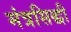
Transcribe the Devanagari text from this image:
मंत्रसिद्धी